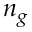
n _ { g }